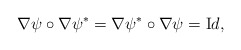
\begin{align*}\nabla \psi \circ \nabla \psi^* = \nabla \psi^* \circ \nabla \psi = {\text Id}, \end{align*}